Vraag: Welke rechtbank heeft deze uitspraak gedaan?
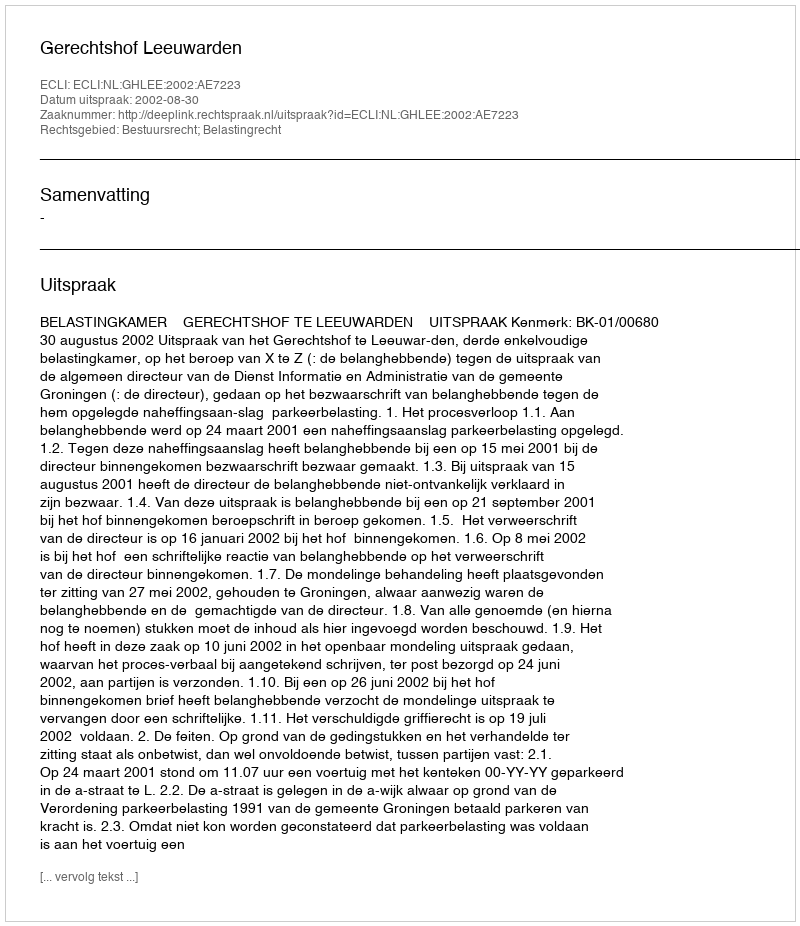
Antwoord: Gerechtshof Leeuwarden